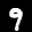
Label: 9